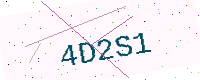
Text: 4D2S1